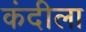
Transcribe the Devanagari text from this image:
कंदीला